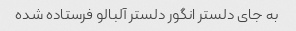
به جای دلستر انگور دلستر آلبالو فرستاده شده